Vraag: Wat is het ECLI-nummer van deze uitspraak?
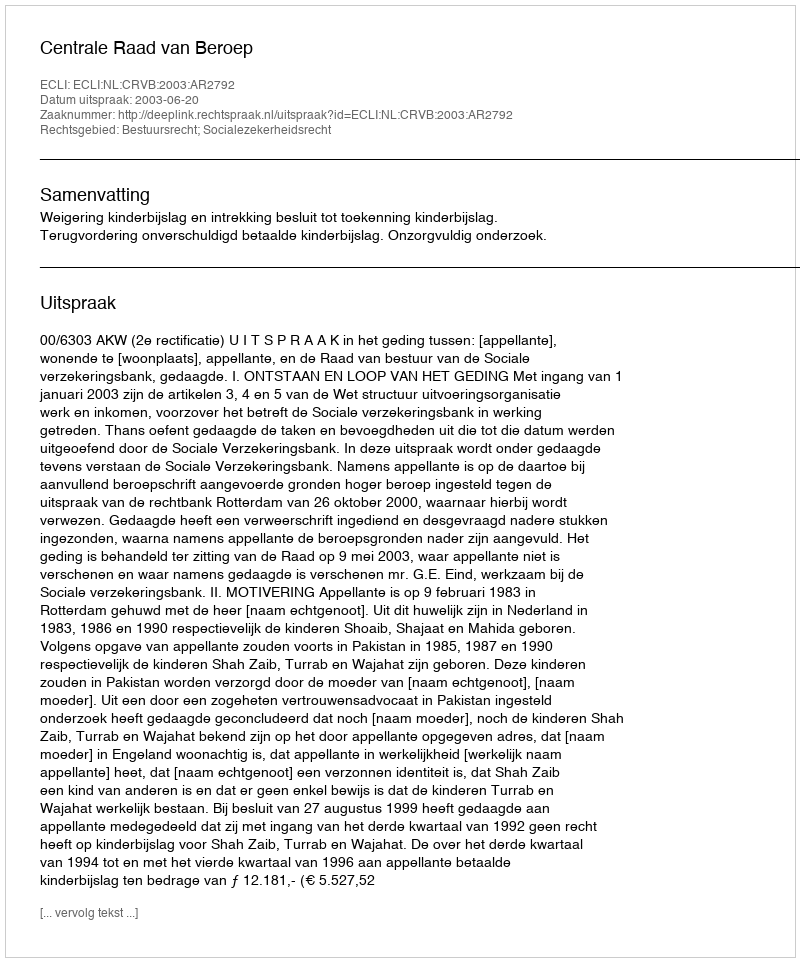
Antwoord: ECLI:NL:CRVB:2003:AR2792